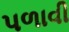
પળાવી